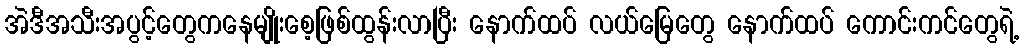
အဲဒီအသီးအပွင့်တွေကနေမျိုးစေ့ဖြစ်ထွန်းလာပြီး နောက်ထပ် လယ်မြေတွေ နောက်ထပ် ကောင်းကင်တွေရဲ့